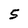
Character: 5